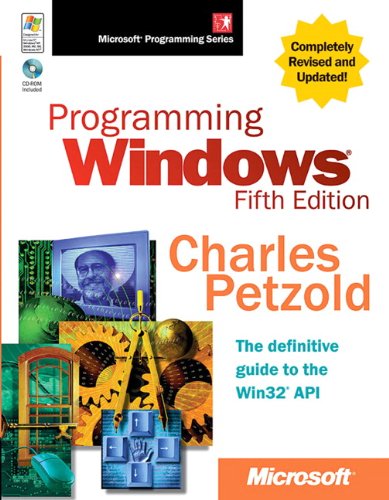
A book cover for Programming WindowsÂ®, Fifth Edition (Developer Reference); Charles Petzold; Computers & Technology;